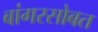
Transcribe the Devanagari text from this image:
बांगरसोबत